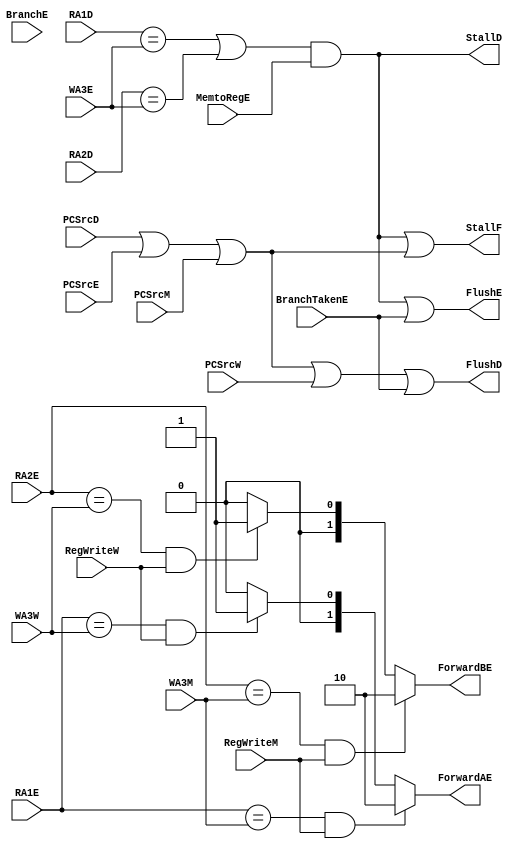
module hazard(
    input wire [3:0] RA1E, RA1D, RA2E, RA2D, WA3E, WA3M, WA3W, 
    input wire RegWriteM, RegWriteW, MemtoRegE, BranchE,
    input wire PCSrcD, PCSrcE, PCSrcM, PCSrcW, 
	 input BranchTakenE,
    output reg [1:0] ForwardAE, ForwardBE, 

    output reg StallF, StallD, FlushD, FlushE
);

/*
wire Match_1E_M = (RA1E == WA3M);
wire Match_1E_W = (RA1E == WA3W);
wire Match_2E_M = (RA2E == WA3M);
wire Match_2E_W = (RA2E == WA3W);
reg Match_12D_E;
reg LDRstall, PCWrPendingF;


always @(*) begin
    if (Match_1E_M && RegWriteM)
        ForwardAE = 2'b10;
    else if (Match_1E_W && RegWriteW)
        ForwardAE = 2'b01;
    else
        ForwardAE = 2'b00;

    if (Match_2E_M && RegWriteM)
        ForwardBE = 2'b10;
    else if (Match_2E_W && RegWriteW)
        ForwardBE = 2'b01;
    else
        ForwardBE = 2'b00;
end


always @(*) begin

    Match_12D_E = (RA1D == WA3E) || (RA2D == WA3E);
    LDRstall = Match_12D_E && MemtoRegE;



    PCWrPendingF =PCSrcE ;//|| PCSrcM; // PCSrcD || 
    StallF = LDRstall || PCWrPendingF; 
    
    StallD = LDRstall;
    FlushD = PCWrPendingF; //|| PCSrcW || BranchTakenE; 
    FlushE = LDRstall || BranchTakenE;
end
*/
reg Match_1E_M ;
reg Match_1E_W;
reg Match_2E_M ;
reg Match_2E_W;
reg Match_12D_E;
reg LDRstall; 
reg PCWrPendingF; 

initial begin 
	FlushD = 0 ;
	FlushE = 0 ;
	Match_1E_M = 0 ;
	Match_1E_W = 0 ;
	Match_2E_M = 0 ;
	Match_2E_W = 0 ;
	Match_12D_E = 0 ;
	LDRstall = 0 ;
	PCWrPendingF = 0 ;
	StallF = 0 ;
	StallD = 0 ;
end

always @(*) begin
	Match_1E_M = (RA1E == WA3M) ;
	Match_1E_W = (RA1E == WA3W) ;
	if (Match_1E_M && RegWriteM) ForwardAE = 2'b10; // SrcAE = ALUOutM
	else if (Match_1E_W && RegWriteW) ForwardAE = 2'b01; // SrcAE = ResultW
	else ForwardAE = 2'b00; // SrcAE from regfile
	
	Match_2E_M = (RA2E == WA3M) ;
	Match_2E_W = (RA2E == WA3W) ;
	if (Match_2E_M && RegWriteM) ForwardBE = 2'b10; // SrcBE = ALUOutM
	else if (Match_2E_W && RegWriteW) ForwardBE = 2'b01; // SrcBE = ResultW
	else ForwardBE = 2'b00; // SrcBE from regfile(SrcBE is selected from ExtImmE and regfile with another MUX)

	Match_12D_E = (RA1D == WA3E) || (RA2D == WA3E) ;
	LDRstall = Match_12D_E && MemtoRegE ;
	
	PCWrPendingF = (PCSrcD || PCSrcE || PCSrcM) ;
    StallF = (LDRstall || PCWrPendingF) ; 
    StallD = LDRstall ;
	FlushD = (PCWrPendingF || PCSrcW || BranchTakenE) ; 
	FlushE = (LDRstall || BranchTakenE ) ;
end


  
endmodule